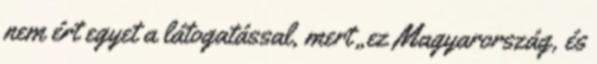
nem ért egyet a látogatással, mert „ez Magyarország, és